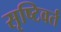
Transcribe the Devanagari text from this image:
सृष्टिवर्त